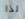
لذا